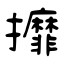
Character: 攠